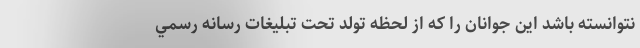
نتوانسته باشد اين جوانان را كه از لحظه تولد تحت تبليغات رسانه رسمي